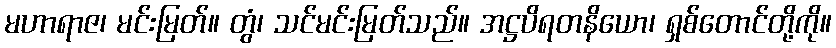
မဟာရာဇ၊ မင်းမြတ်။ တွံ၊ သင်မင်းမြတ်သည်။ အဋ္ဌပိရတနိယော၊ ရှစ်တောင်တို့ကို။